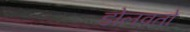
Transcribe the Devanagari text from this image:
डोलवतो